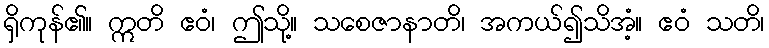
ရှိကုန်၏။ ဣတိ ဧဝံ၊ ဤသို့။ သစေဇာနာတိ၊ အကယ်၍သိအံ့။ ဧဝံ သတိ၊